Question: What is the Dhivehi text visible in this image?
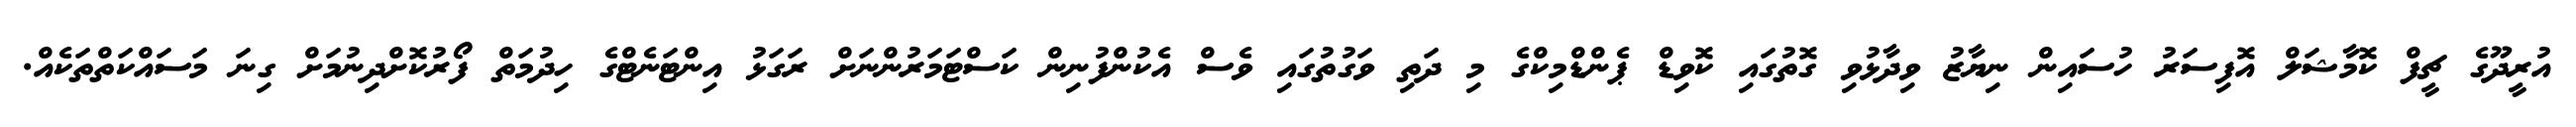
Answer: އުރީދޫގެ ޗީފް ކޮމާޝަލް އޮފިސަރު ހުސައިން ނިޔާޒު ވިދާޅުވި ގޮތުގައި ކޮވިޑް ޕެންޑްމިކްގެ މި ދަތި ވަގުތުގައި ވެސް އެކުންފުނިން ކަސްޓަމަރުންނަށް ރަގަޅު އިންޓަނެޓްގެ ހިދުމަތް ފޯރުކޮށްދިނުމަށް ގިނަ މަސައްކަތްތަކެއް.